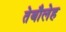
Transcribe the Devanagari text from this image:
तेबौलेह